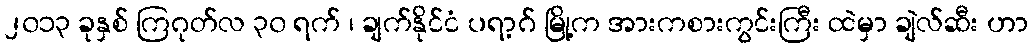
၂၀၁၃ ခုနှစ် ကြဂုတ်လ ၃၀ ရက် ၊ ချက်နိုင်ငံ ပရာ့ဂ် မြို့က အားကစားကွင်းကြီး ထဲမှာ ချဲလ်ဆီး ဟာ